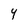
Character: 4